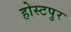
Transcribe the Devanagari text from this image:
होस्टपुर